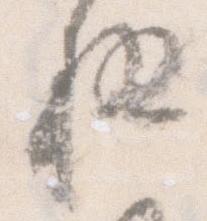
極